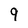
Character: 9